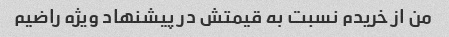
من از خریدم نسبت به قیمتش در پیشنهاد ویژه راضیم